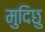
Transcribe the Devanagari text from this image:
मुदिछु